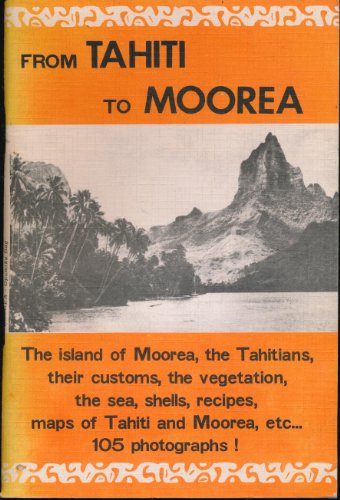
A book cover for From Tahiti to Moorea; Rejane Stiehr; Travel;